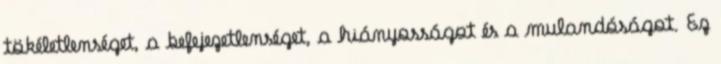
tökéletlenséget, a befejezetlenséget, a hiányosságot és a mulandóságot. Ez